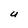
Character: U